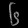
Digit: ၆